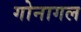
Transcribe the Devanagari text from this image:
गोनागल